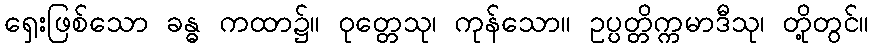
ရှေးဖြစ်သော ခန္ဓ ကထာ၌။ ဝုတ္တေသု၊ ကုန်သော။ ဥပ္ပတ္တိက္ကမာဒီသု၊ တို့တွင်။